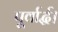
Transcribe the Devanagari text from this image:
पूर्वार्द्ध।